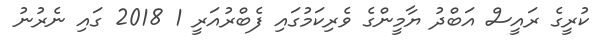
ކުރީގެ ރައީސް އަބްދު ޔާމީންގެ ވެރިކަމުގައި ފެބްރުއަރީ 1 2018 ގައި ނެރުނު